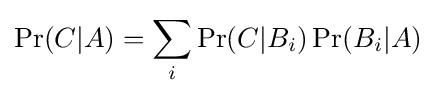
\Pr(C|A)=\sum _{i}\Pr(C|B_{i})\Pr(B_{i}|A)